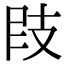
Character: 𢻀